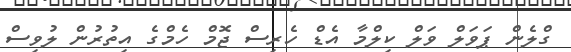
ގްލެން ޕަވަލް ވަލް ކިލްމާ އެޑް ހެރިސް ޖޮމް ހެމްގެ އިތުރުން ލުވިސް